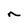
Character: n